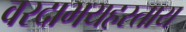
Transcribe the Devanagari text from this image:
वरदाभयहस्ताय